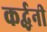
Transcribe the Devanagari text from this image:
कर्द्धनी